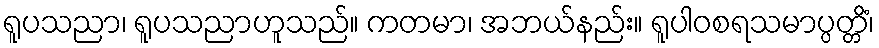
ရူပသညာ၊ ရူပသညာဟူသည်။ ကတမာ၊ အဘယ်နည်း။ ရူပါဝစရသမာပ္ပတ္တိံ၊